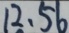
1 2 . 5 6